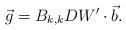
LaTeX: \begin{align*}\vec{g} = B_{k,k}DW'\cdot \vec{b}.\end{align*}